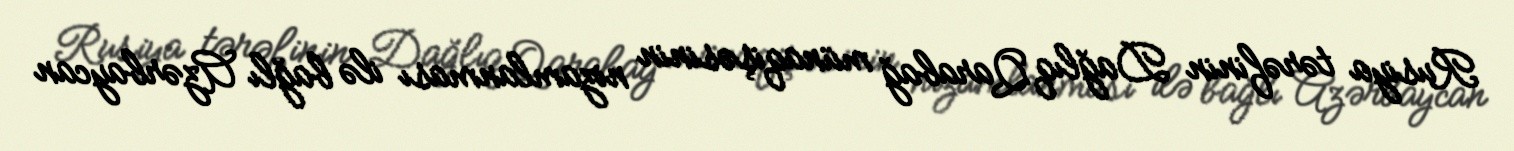
Rusiya tərəfinin Dağlıq Qarabağ münaqişəsinin nizamlanması ilə bağlı Azərbaycan